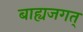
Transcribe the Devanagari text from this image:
बाह्यजगत्